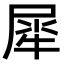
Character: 犀